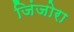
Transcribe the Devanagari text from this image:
जिंजोरा